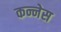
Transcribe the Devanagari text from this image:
कन्नेस